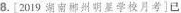
8.[2019湖南郝州明星学校月考]已